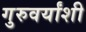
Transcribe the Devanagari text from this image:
गुरुवर्यांशी